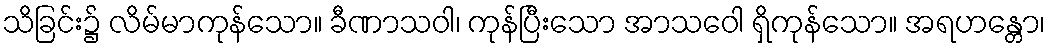
သိခြင်း၌ လိမ်မာကုန်သော။ ခီဏာသဝါ၊ ကုန်ပြီးသော အာသဝေါ ရှိကုန်သော။ အရဟန္တော၊